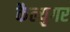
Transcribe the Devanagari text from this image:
कैल्युगर